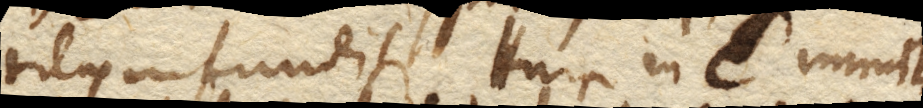
titas infunditur. Huic in C. immit–